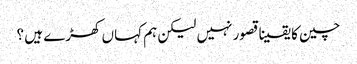
چین کا یقینا قصور نہیں لیکن ہم کہاں کھڑے ہیں ؟